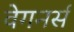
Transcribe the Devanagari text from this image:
वेगनर्स